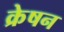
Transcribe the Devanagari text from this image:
क्रेषन